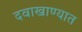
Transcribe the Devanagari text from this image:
दवाखाण्यात